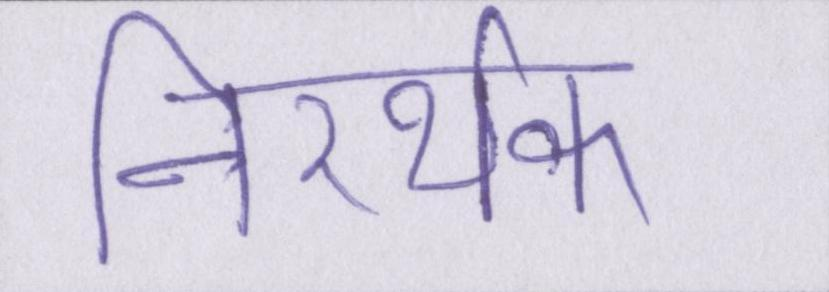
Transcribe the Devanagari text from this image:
निरर्थक